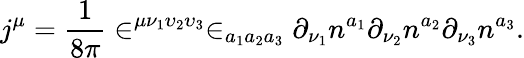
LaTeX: j^{\mu}=\frac 1{8\pi}\in^{\mu\nu_{1}\upsilon_{2}\upsilon_{3}}\in_{a_{1}a_{2}a_{3}}\partial_{\nu_{1}}n^{a_{1}}\partial_{\nu_{2}}n^{a_{2}}\partial_{\nu_{3}}n^{a_{3}}.